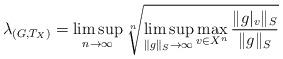
LaTeX: \begin{align*}\lambda_{(G,T_X)}=\limsup_{n\rightarrow \infty}\sqrt[n]{\limsup_{\|g\|_S\rightarrow \infty} \max_{v\in X^n}\frac{\|g|_v\|_S}{\|g\|_S}}\end{align*}